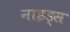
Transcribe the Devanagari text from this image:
नाइड्स